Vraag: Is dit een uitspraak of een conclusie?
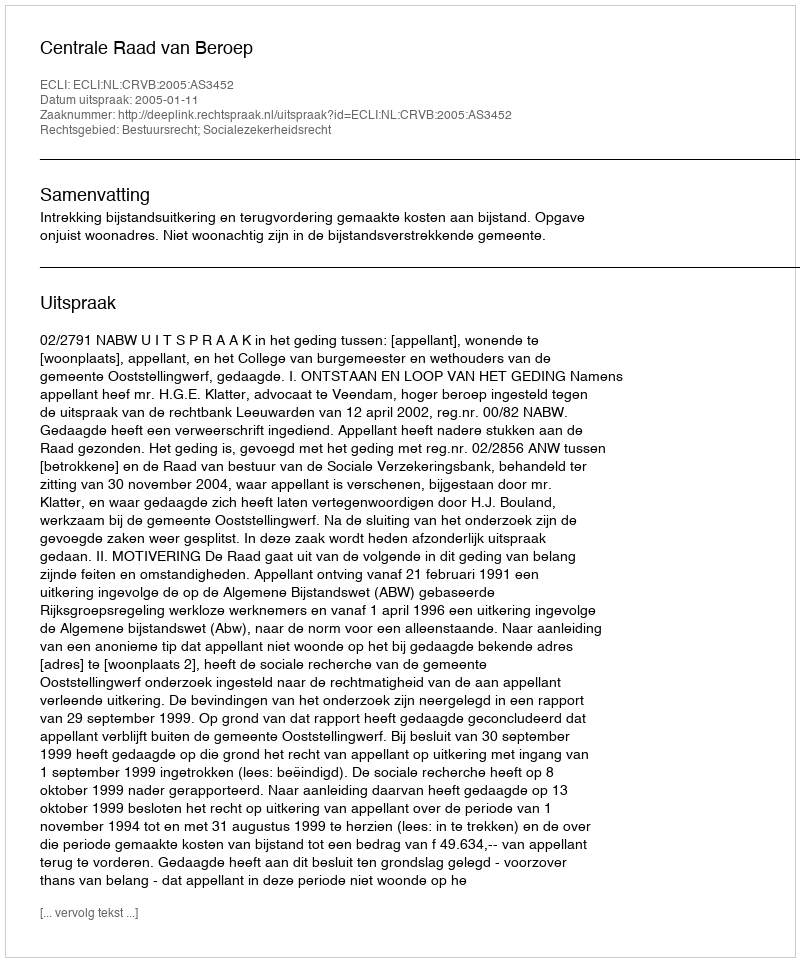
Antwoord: Uitspraak